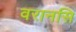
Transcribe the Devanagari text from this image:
वरानसि